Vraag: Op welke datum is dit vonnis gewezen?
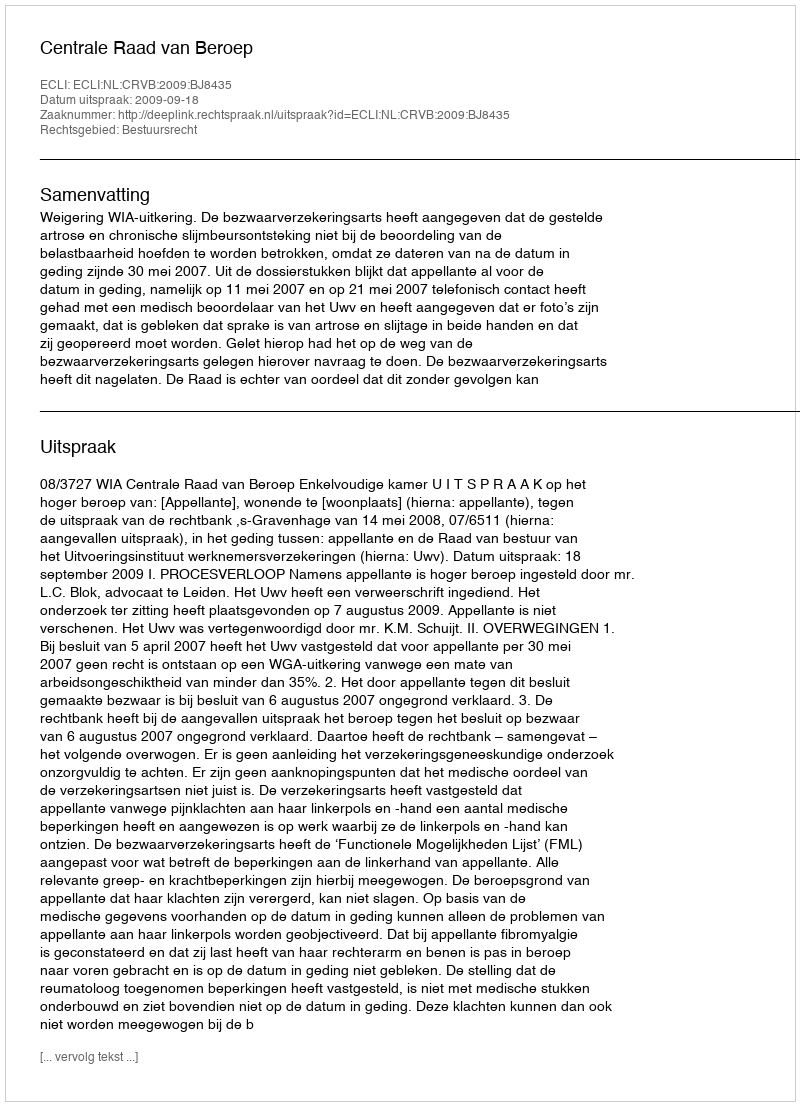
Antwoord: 2009-09-18